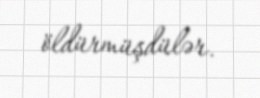
öldürmüşdülər.